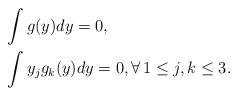
LaTeX: \begin{align*}& \int g(y) dy =0, \\& \int y_j g_k(y) dy =0, \forall\, 1\le j,k\le 3.\end{align*}